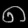
Digit: ၈